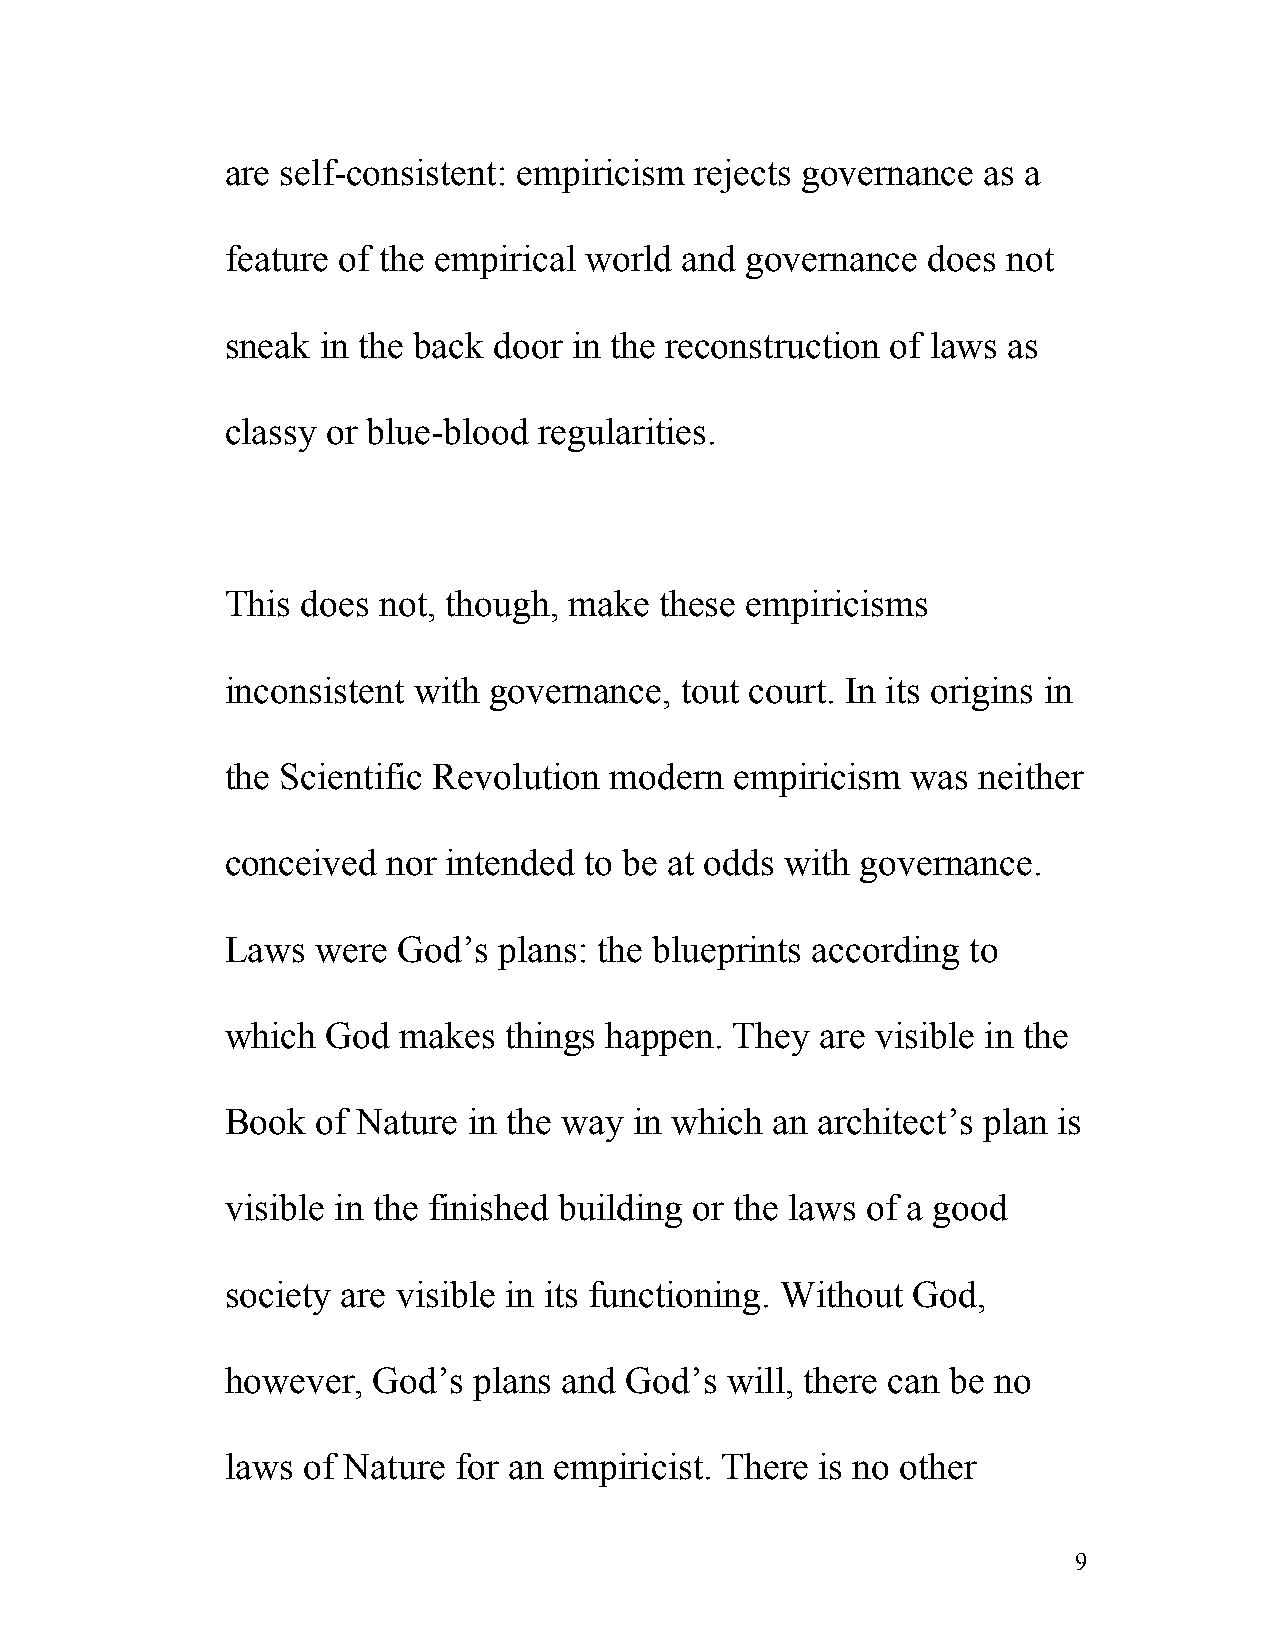
are self-consistent: empiricism rejects governance as a
 feature of the empirical world and governance does  not
 sneak in the back door in the reconstruction of laws as
 classy or blue-blood regularities.
 This does not, though, make  these empiricisms
 inconsistent with governance, tout court. In its origins in
 the Scientific Revolution modern  empiricism was  neither
 conceived  nor intended to be at odds with governance.
 Laws  were God’s  plans: the blueprints according to
 which  God makes  things happen.  They are visible in the
 Book  of Nature in the way in which an architect’s plan is
 visible in the finished building or the laws of a good
 society are visible in its functioning. Without God,
 however,  God’s plans and God’s  will, there can be no
 laws of Nature for an empiricist. There is no other
 9